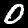
Label: 0